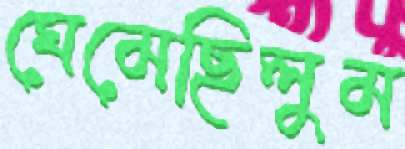
ঘেমেছিলুম